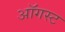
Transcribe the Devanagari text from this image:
अाॅगस्ट